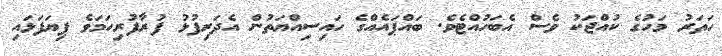
ހަތަރު މަހުގެ ކުއްޖަކު ވެސް އެބަހުއްޓެވެ. ބައްޕައެއްގެ ހައިސިއްޔަތުން އެދަރިފުޅު ފުރާފުރިހަމަވެ ފިޔަފަޅައި